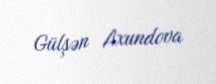
Gülşən Axundova